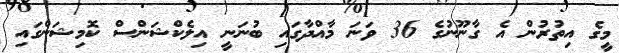
މީގެ އިތުރުން އެ ގާނޫނުގެ 36 ވަނަ މާއްދާގައި ބުނަނީ އިލެކްޝަންސް ކޮމިޝަންގައި